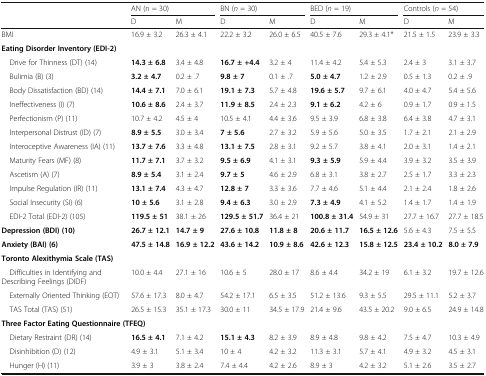
<table><thead><tr><td></td><td colspan="2"><b>AN (n = 30)</b></td><td colspan="2"><b>BN (<i>n</i> = 30)</b></td><td colspan="2"><b>BED (<i>n</i> = 19)</b></td><td colspan="2"><b>Controls (<i>n</i> = 54)</b></td></tr><tr><td></td><td><b>D</b></td><td><b>M</b></td><td><b>D</b></td><td><b>M</b></td><td><b>D</b></td><td><b>M</b></td><td><b>D</b></td><td><b>M</b></td></tr></thead><tbody><tr><td>BMI</td><td>16.9 ± 3.2</td><td>26.3 ± 4.1</td><td>22.2 ± 3.2</td><td>26.0 ± 6.5</td><td>40.5 ± 7.6</td><td>29.3 ± 4.1*</td><td>21.5 ± 1.5</td><td>23.9 ± 3.3</td></tr><tr><td colspan="9"><b>Eating Disorder Inventory (EDI-2)</b></td></tr><tr><td> Drive for Thinness (DT) (14)</td><td><b>14.3 ± 6.8</b></td><td>3.4 ± 4.8</td><td><b>16.7 ± +4.4</b></td><td>3.2 ± 4</td><td>11.4 ± 4.2</td><td>5.4 ± 5.3</td><td>2.4 ± 3</td><td>3.1 ± 3.7</td></tr><tr><td> Bulimia (B) (3)</td><td><b>3.2 ± 4.7</b></td><td>0.2 ± .7</td><td><b>9.8 ± 7</b></td><td>0.1 ± .7</td><td><b>5.0 ± 4.7</b></td><td>1.2 ± 2.9</td><td>0.5 ± 1.3</td><td>0.2 ± .9</td></tr><tr><td> Body Dissatisfaction (BD) (14)</td><td><b>14.4 ± 7.1</b></td><td>7.0 ± 6.1</td><td><b>19.1 ± 7.3</b></td><td>5.7 ± 4.8</td><td><b>19.6 ± 5.7</b></td><td>9.7 ± 6.1</td><td>4.0 ± 4.7</td><td>5.4 ± 5.6</td></tr><tr><td> Ineffectiveness (I) (7)</td><td><b>10.6 ± 8.6</b></td><td>2.4 ± 3.7</td><td><b>11.9 ± 8.5</b></td><td>2.4 ± 2.3</td><td><b>9.1 ± 6.2</b></td><td>4.2 ± 6</td><td>0.9 ± 1.7</td><td>0.9 ± 1.5</td></tr><tr><td> Perfectionism (P) (11)</td><td>10.7 ± 4.2</td><td>4.5 ± 4</td><td>10.5 ± 4.1</td><td>4.4 ± 3.6</td><td>9.5 ± 3.9</td><td>6.8 ± 3.8</td><td>6.4 ± 3.8</td><td>4.7 ± 3.1</td></tr><tr><td> Interpersonal Distrust (ID) (7)</td><td><b>8.9 ± 5.5</b></td><td>3.0 ± 3.4</td><td><b>7 ± 5.6</b></td><td>2.7 ± 3.2</td><td>5.9 ± 5.6</td><td>5.0 ± 3.5</td><td>1.7 ± 2.1</td><td>2.1 ± 2.9</td></tr><tr><td> Interoceptive Awareness (IA) (11)</td><td><b>13.7 ± 7.6</b></td><td>3.3 ± 4.8</td><td><b>13.1 ± 7.5</b></td><td>2.8 ± 3.1</td><td>9.2 ± 5.7</td><td>3.8 ± 4.1</td><td>2.0 ± 3.1</td><td>1.4 ± 2.1</td></tr><tr><td> Maturity Fears (MF) (8)</td><td><b>11.7 ± 7.1</b></td><td>3.7 ± 3.2</td><td><b>9.5 ± 6.9</b></td><td>4.1 ± 3.1</td><td><b>9.3 ± 5.9</b></td><td>5.9 ± 4.4</td><td>3.9 ± 3.2</td><td>3.5 ± 3.9</td></tr><tr><td> Ascetism (A) (7)</td><td><b>8.9 ± 5.4</b></td><td>3.1 ± 2.4</td><td><b>9.7 ± 5</b></td><td>4.6 ± 2.9</td><td>6.8 ± 3.1</td><td>3.8 ± 2.7</td><td>2.5 ± 1.7</td><td>3.3 ± 2.3</td></tr><tr><td> Impulse Regulation (IR) (11)</td><td><b>13.1 ± 7.4</b></td><td>4.3 ± 4.7</td><td><b>12.8 ± 7</b></td><td>3.3 ± 3.6</td><td>7.7 ± 4.6</td><td>5.1 ± 4.4</td><td>2.1 ± 2.4</td><td>1.8 ± 2.6</td></tr><tr><td> Social Insecurity (SI) (6)</td><td><b>10 ± 5.6</b></td><td>3.1 ± 2.8</td><td><b>9.4 ± 6.3</b></td><td>3.0 ± 2.9</td><td><b>7.3 ± 4.9</b></td><td>4.1 ± 5.2</td><td>1.4 ± 1.7</td><td>1.4 ± 1.9</td></tr><tr><td> EDI-2 Total (EDI-2) (105)</td><td><b>119.5 ± 51</b></td><td>38.1 ± 26</td><td><b>129.5 ± 51.7</b></td><td>36.4 ± 21</td><td><b>100.8 ± 31.4</b></td><td>54.9 ± 31</td><td>27.7 ± 16.7</td><td>27.7 ± 18.5</td></tr><tr><td><b>Depression (BDI) (10)</b></td><td><b>26.7 ± 12.1</b></td><td><b>14.7 ± 9</b></td><td><b>27.6 ± 10.8</b></td><td><b>11.8 ± 8</b></td><td><b>20.6 ± 11.7</b></td><td><b>16.5 ± 12.6</b></td><td>5.6 ± 4.3</td><td>7.5 ± 5.5</td></tr><tr><td><b>Anxiety (BAI) (6)</b></td><td><b>47.5 ± 14.8</b></td><td><b>16.9 ± 12.2</b></td><td><b>43.6 ± 14.2</b></td><td><b>10.9 ± 8.6</b></td><td><b>42.6 ± 12.3</b></td><td><b>15.8 ± 12.5</b></td><td><b>23.4 ± 10.2</b></td><td><b>8.0 ± 7.9</b></td></tr><tr><td colspan="9"><b>Toronto Alexithymia Scale (TAS)</b></td></tr><tr><td> Difficulties in Identifying and Describing Feelings (DIDF)</td><td>10.0 ± 4.4</td><td>27.1 ± 16</td><td>10.6 ± 5</td><td>28.0 ± 17</td><td>8.6 ± 4.4</td><td>34.2 ± 19</td><td>6.1 ± 3.2</td><td>19.7 ± 12.6</td></tr><tr><td> Externally Oriented Thinking (EOT)</td><td>57.6 ± 17.3</td><td>8.0 ± 4.7</td><td>54.2 ± 17.1</td><td>6.5 ± 3.5</td><td>51.2 ± 13.6</td><td>9.3 ± 5.5</td><td>29.5 ± 11.1</td><td>5.2 ± 3.7</td></tr><tr><td> TAS Total (TAS) (51)</td><td>26.5 ± 15.3</td><td>35.1 ± 17.3</td><td>30.0 ± 11</td><td>34.5 ± 17.9</td><td>21.4 ± 9.6</td><td>43.5 ± 20.2</td><td>9.0 ± 6.5</td><td>24.9 ± 14.8</td></tr><tr><td colspan="9"><b>Three Factor Eating Questionnaire (TFEQ)</b></td></tr><tr><td> Dietary Restraint (DR) (14)</td><td><b>16.5 ± 4.1</b></td><td>7.1 ± 4.2</td><td><b>15.1 ± 4.3</b></td><td>8.2 ± 3.9</td><td>8.9 ± 4.8</td><td>9.8 ± 4.2</td><td>7.5 ± 4.7</td><td>10.3 ± 4.9</td></tr><tr><td> Disinhibition (D) (12)</td><td>4.9 ± 3.1</td><td>5.1 ± 3.4</td><td>10 ± 4</td><td>4.2 ± 3.2</td><td>11.3 ± 3.1</td><td>5.7 ± 4.1</td><td>4.9 ± 3.2</td><td>4.5 ± 3.1</td></tr><tr><td> Hunger (H) (11)</td><td>3.9 ± 3</td><td>3.8 ± 2.4</td><td>7.4 ± 4.4</td><td>4.2 ± 2.6</td><td>8.9 ± 3</td><td>4.2 ± 3.2</td><td>5.1 ± 2.6</td><td>3.5 ± 2.7</td></tr></tbody></table>